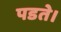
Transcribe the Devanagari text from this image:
पडते।